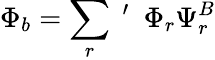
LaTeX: \Phi_{b}=\sum_{r}~^{\prime}~~\Phi_{r}\Psi_{r}^{B}